Vaccination report Assam 1874-1896 - 1874-1896
Year: 1874
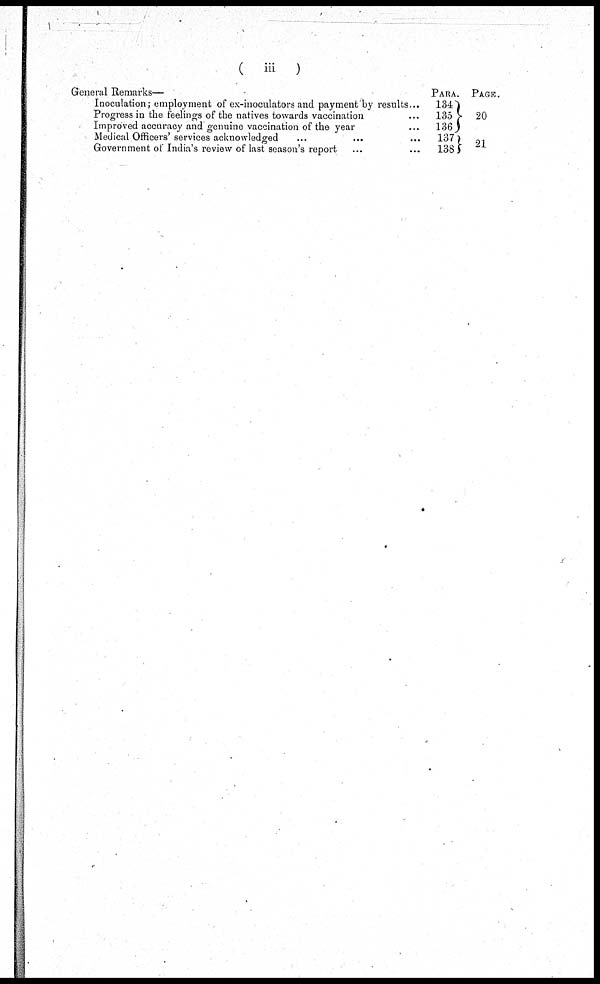
(
iii
)
General Remarks—
Inoculation; employment of ex-inoculators and payment by results...
Progress in the feelings of the natives towards vaccination ...
Improved accuracy and genuine vaccination of the year ...
Medical Officers' services acknowledged ... ... ...
Government of India's review of last season's report ... ...
PARA.
134
135
136
137
138
PAGE.
20
21